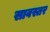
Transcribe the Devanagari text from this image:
सावस्तर